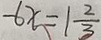
- 6 x = 1 \frac { 2 } { 3 }